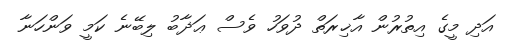
އަދި މީގެ އިތުރުން އާޚިރަތް ދުވަހު ވެސް ޢަޛާބު ލިބޭނެ ކަމީ ވަންހަނާ